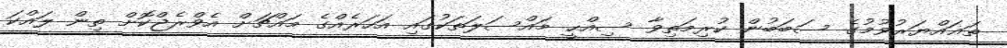
ތަޣައްޔަރުވުމުގެ ސަބަބުން ކުރިމަތިވާ ސިއްޙީ މައްސަލަތަކުގައި އަހަރެއްގެ މައްޗަށް އެވްރެޖްކޮށް ތިން ލައްކަ